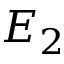
E _ { 2 }